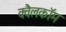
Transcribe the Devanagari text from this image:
क्वैलकॉम